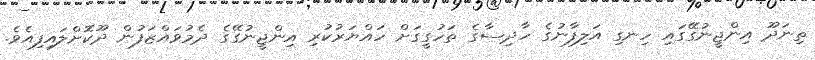
ތިނަދޫ އިންޖީނުގޭގައި ހިނގި އަލިފާނުގެ ހާދިސާގެ ތަހުގީގަށް ހައްޔަރުކުރި އިންޖީނުގޭގެ ދެމުވައްޒަފުން ދޫކޮށްލައިފިއެވެ.